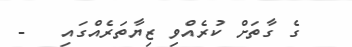
ގެ ގާތަށް ކުރެއްވި ޒިޔާތަރެއްގައި   -